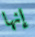
إنها